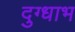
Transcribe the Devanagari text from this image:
दुग्धाभ